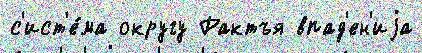
с'ист'е́ма округу Рактъя впад'ен'иjа